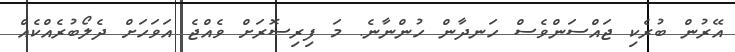
އޭރުން ބުރެކި ޖައްސަންވެސް ހަނދާން ހުންނާނެ. މަ ފިރިސޮރަށް ވެއްޖެ އަވަހަށް ދެލޯބުރެއްކެއް